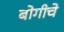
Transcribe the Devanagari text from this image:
बोगीचे